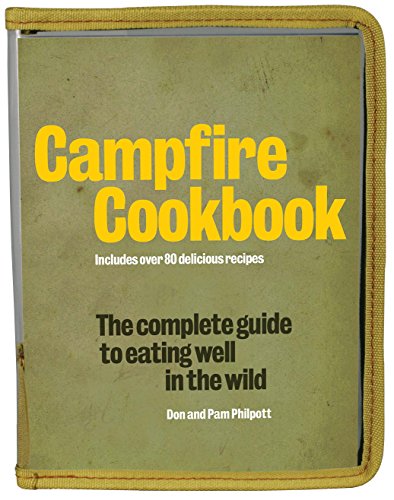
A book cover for Campfire Cookbook: The Complete Guide to Eating Well in the Wild; Don Philpott; Cookbooks, Food & Wine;